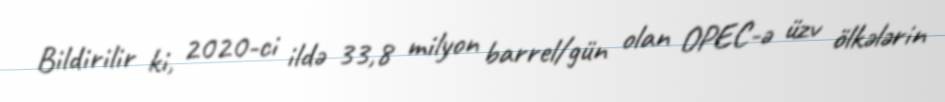
Bildirilir ki, 2020-ci ildə 33,8 milyon barrel/gün olan OPEC-ə üzv ölkələrin